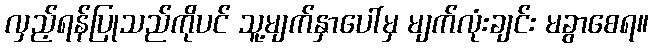
လှည့်ရန်ပြုသည်ကိုပင် သူ့မျက်နှာပေါ်မှ မျက်လုံးချင်း မခွာစေရ။